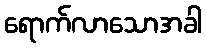
ရောက်လာသောအခါ